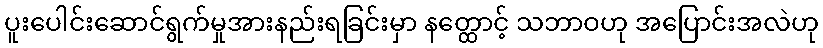
ပူးပေါင်းဆောင်ရွက်မှုအားနည်းရခြင်းမှာ နတ္ထောင့် သဘာဝဟု အပြောင်းအလဲဟု